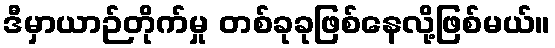
ဒီမှာယာဉ်တိုက်မှု တစ်ခုခုဖြစ်နေလို့ဖြစ်မယ်။